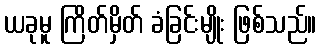
ယခုမူ ကြိတ်မှိတ် ခံခြင်းမျိုး ဖြစ်သည်။